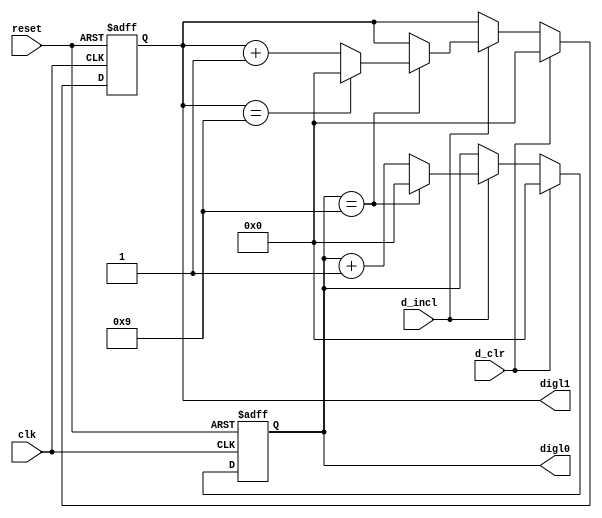
`timescale 1ns / 1ps
//////////////////////////////////////////////////////////////////////////////////
// Company: 
// Engineer: 
// 
// Design Name: 
// Module Name: left_counter
// Project Name: 
// Target Devices: 
// Tool Versions: 
// Description: 
// 
// Dependencies: 
// 
// Revision:
// Revision 0.01 - File Created
// Additional Comments:
// 
//////////////////////////////////////////////////////////////////////////////////


module left_counter(
    input clk,
    input reset,
    input d_incl, d_clr,
    output [3:0] digl0, digl1
    );
    
    // signal declaration
    reg [3:0] r_digl0, r_digl1, digl0_next, digl1_next;
    assign digl0 = r_digl0;
    assign digl1 = r_digl1;
    
    // register control
    always @(posedge clk or posedge reset)
        if(reset) begin
            r_digl1 <= 0;
            r_digl0 <= 0;
        end
        
        else begin
            r_digl1 <= digl1_next;
            r_digl0 <= digl0_next;
        end
    
    // next state logic
    always @* begin
        digl0_next = r_digl0;
        digl1_next = r_digl1;
        
        if(d_clr) begin
            digl0_next <= 0;
            digl1_next <= 0;
        end
        
        else if(d_incl)
            if(r_digl0 == 9) begin
                digl0_next = 0;
                
                if(r_digl1 == 9)
                    digl1_next = 0;
                else
                    digl1_next = r_digl1 + 1;
            end
        
            else    // dig0 != 9
                digl0_next = r_digl0 + 1;
    end
    
    
endmodule